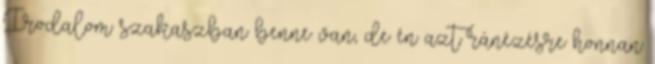
Irodalom szakaszban benne van, de én azt ránézésre honnan